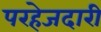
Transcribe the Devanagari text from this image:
परहेजदारी